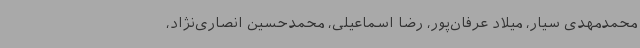
محمدمهدی سیار، میلاد عرفان‌پور، رضا اسماعیلی، محمدحسین انصاری‌نژاد،